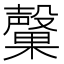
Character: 𭯃